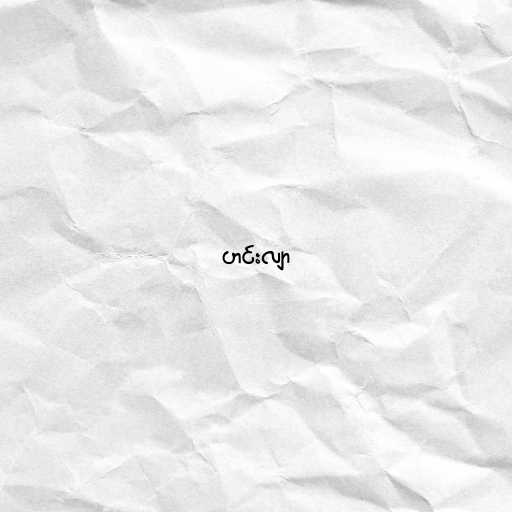
ဟင်းလျာ